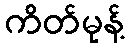
ကိတ်မုန့်